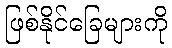
ဖြစ်နိုင်ခြေများကို